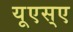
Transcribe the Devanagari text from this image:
यूएस्‌ए